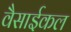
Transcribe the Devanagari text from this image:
वैसाईकल